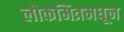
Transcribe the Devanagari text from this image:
लोकमित्रमधून